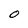
Character: O